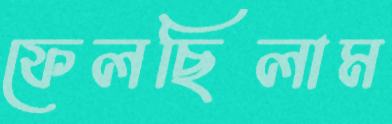
ফেলছিলাম